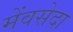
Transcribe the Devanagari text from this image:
मेंवसेदा